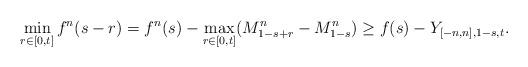
LaTeX: \begin{align*}\min_{r \in [0, t]} f^n(s - r) = f^n(s) - \max_{r \in [0, t]} (M^n_{1 - s + r} - M^n_{1-s}) \ge f(s) - Y_{[-n, n], 1-s, t}.\end{align*}